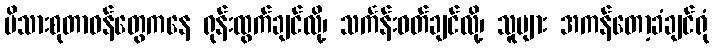
မိသားစုတာဝန်တွေကနေ ရုန်းထွက်ချင်လို့၊ သင်္ကန်းဝတ်ချင်လို့၊ သူများ အကန်တော့ခံချင်ရုံ